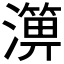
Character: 𤀥